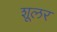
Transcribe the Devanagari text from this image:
शूलर